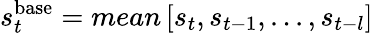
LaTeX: s_{t}^{\mathrm{base}}=mean\left[s_{t},s_{t-1},...,s_{t-l}\right]